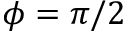
\phi = \pi / 2